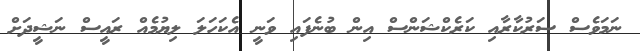
ނަމަވެސް ސަރުކާރާއި ކަރެކްޝަންސް އިން ބުނެފައި ވަނީ އެކަހަލަ ލިޔުމެއް ރައީސް ނަޝީދަށް